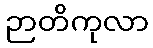
ဉာတိကုလာ